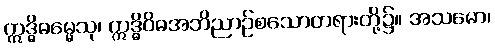
ဣဒ္ဓိဓမ္မေသု၊ ဣဒ္ဓိဝိဓအဘိညာဉ်စသောတရားတို့၌။ အသမော၊